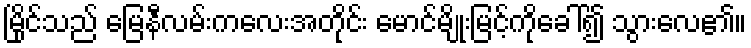
မြိုင်သည် မြေနီလမ်းကလေးအတိုင်း မောင်မျိုးမြင့်ကိုခေါ်၍ သွားလေ၏။